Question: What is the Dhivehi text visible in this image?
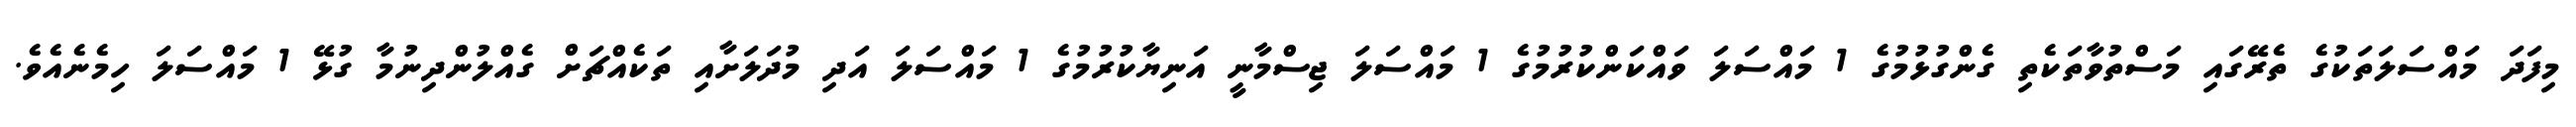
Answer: މިފަދަ މައްސަލަތަކުގެ ތެރޭގައި މަސްތުވާތަކެތި ގެންގުޅުމުގެ 1 މައްސަލަ ވައްކަންކުރުމުގެ 1 މައްސަލަ ޖިސްމާނީ އަނިޔާކުރުމުގެ 1 މައްސަލަ އަދި މުދަލަށާއި ތަކެއްޗަށް ގެއްލުންދިނުމާ ގުޅޭ 1 މައްސަލަ ހިމެނެއެވެ.